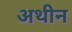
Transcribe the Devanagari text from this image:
अथीन